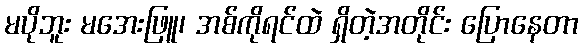
မပိုဘူး မအေးဖြူ၊ အစ်ကိုရင်ထဲ ရှိတဲ့အတိုင်း ပြောနေတာ